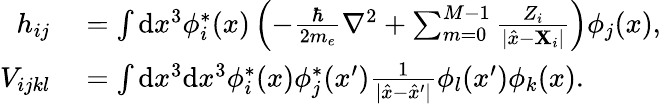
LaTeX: \begin{array}{rl}{h_{ij}}&{{}=\int\mathrm{d}x^{3}\phi_{i}^{\ast}(x)\left(-\frac{\hbar}{2m_{e}}\nabla^{2}+\sum_{m=0}^{M-1}\frac{Z_{i}}{|\hat{x}-\mathbf{X}_{i}|}\right)\phi_{j}(x),}\\ {V_{ijkl}}&{{}=\int\mathrm{d}x^{3}\mathrm{d}x^{3}\phi_{i}^{\ast}(x)\phi_{j}^{\ast}(x^{\prime})\frac{1}{|\hat{x}-\hat{x}^{\prime}|}\phi_{l}(x^{\prime})\phi_{k}(x).}\end{array}